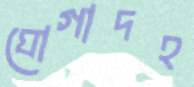
ঘোগাদহ